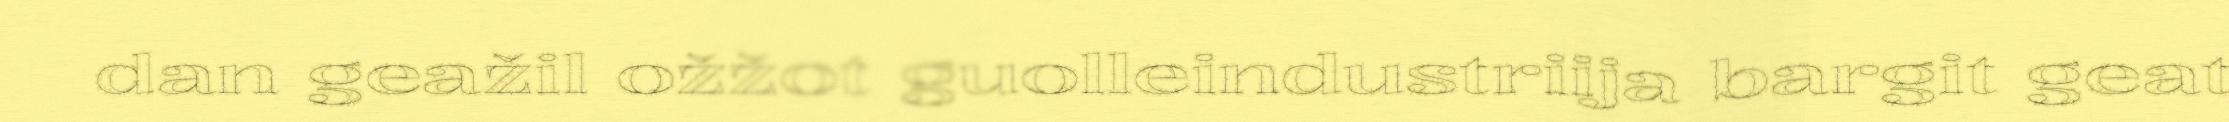
dan geažil ožžot guolleindustriija bargit geat